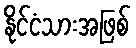
နိုင်ငံသားအဖြစ်